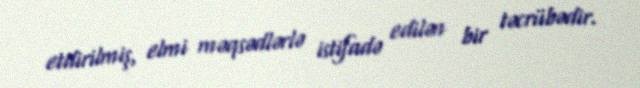
etdirilmiş, elmi məqsədlərlə istifadə edilən bir təcrübədir.